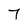
Character: 7